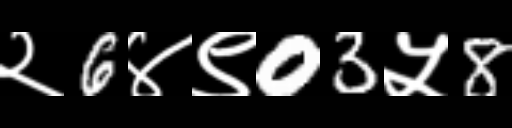
Text: २6४९03५8